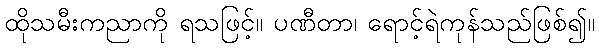
ထိုသမီးကညာကို ရသဖြင့်။ ပဏီတာ၊ ရောင့်ရဲကုန်သည်ဖြစ်၍။